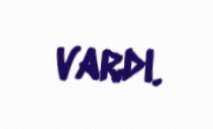
vardı.